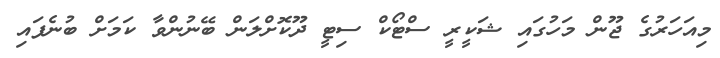
މިއަހަރުގެ ޖޫން މަހުގައި ޝަކީރީ ސްޓޯކް ސިޓީ ދޫކޮށްލަން ބޭނުންވާ ކަމަށް ބުނެފައި